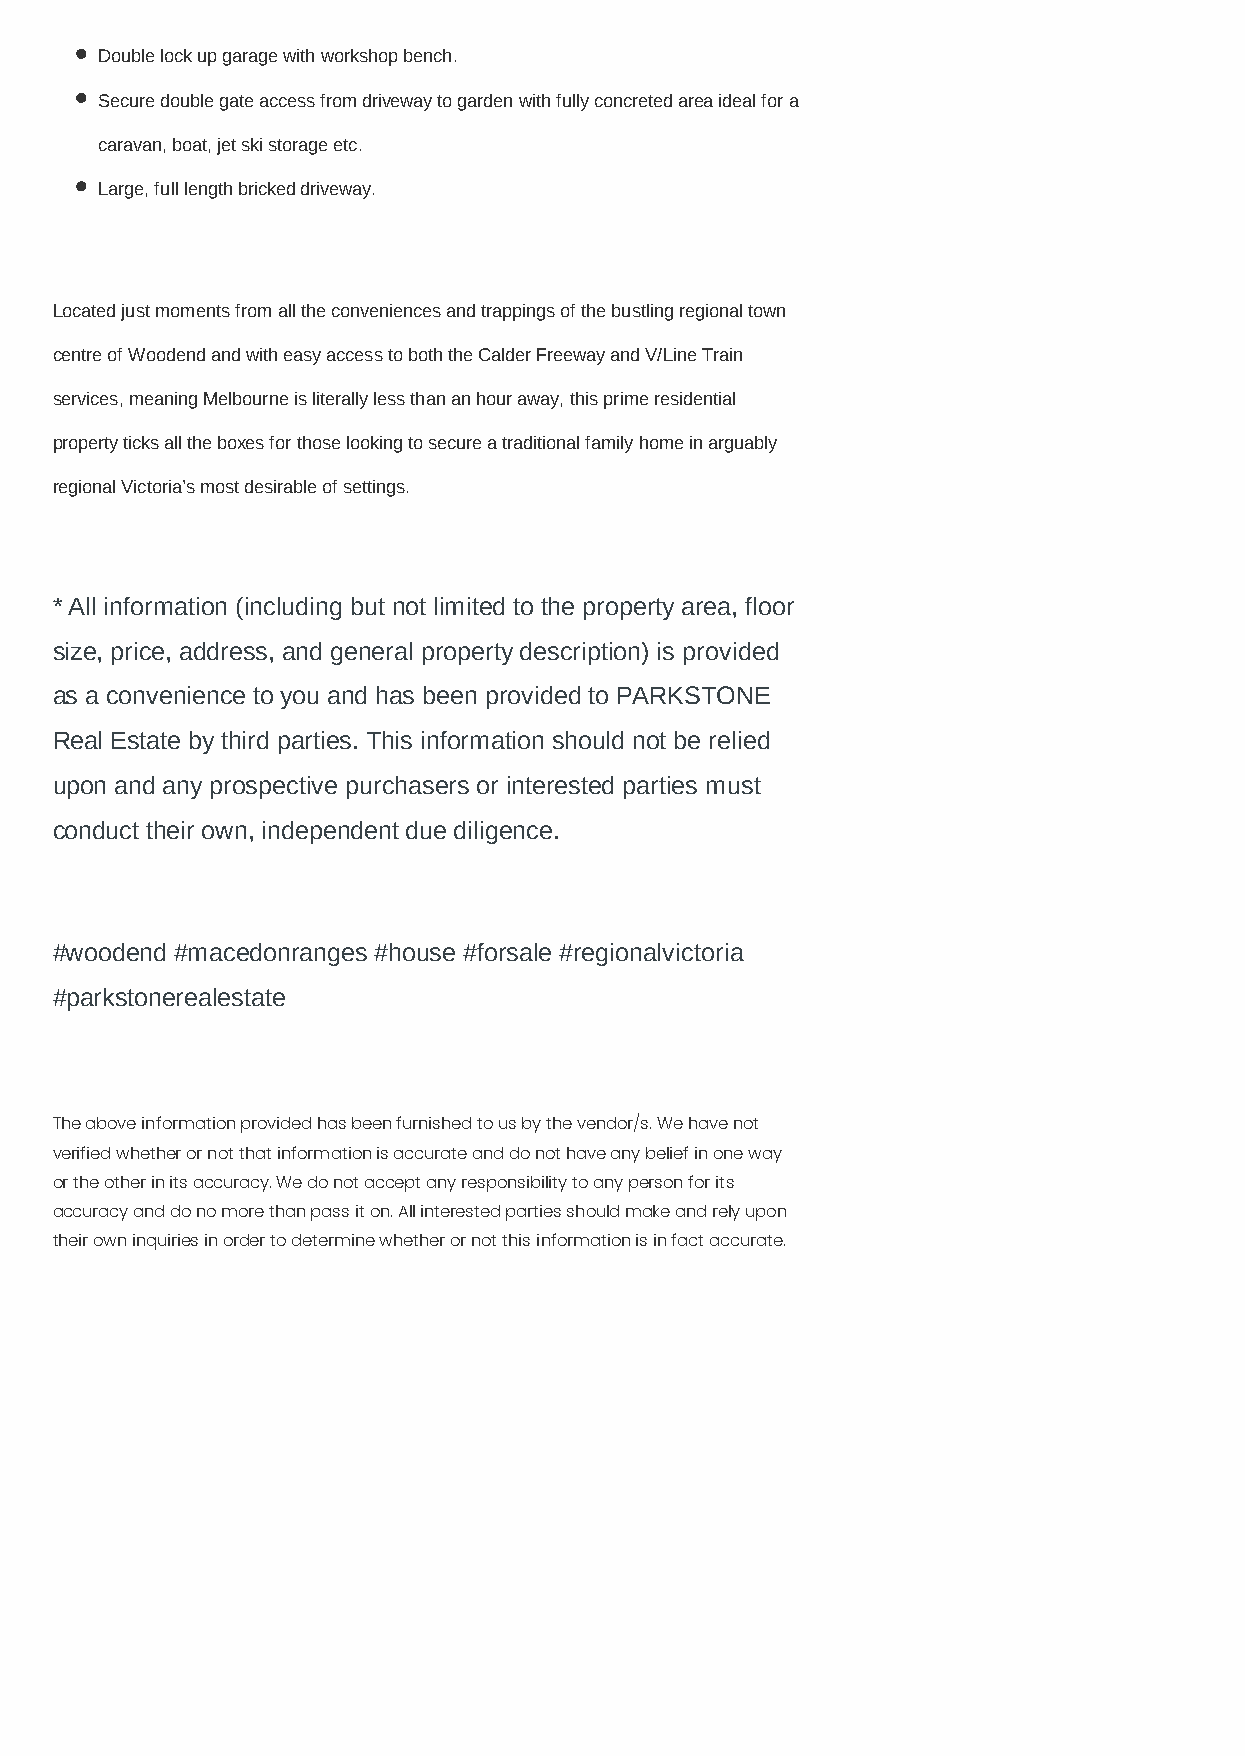
Double lock up garage with workshop bench.
 Secure double gate access from driveway to garden with fully concreted area ideal for a
 caravan, boat, jet ski storage etc.
 Large, full length bricked driveway.
 Located just moments from all the conveniences and trappings of the bustling regional town
 centre of Woodend and with easy access to both the Calder Freeway and V/Line Train
 services, meaning Melbourne is literally less than an hour away, this prime residential
 property ticks all the boxes for those looking to secure a traditional family home in arguably
 regional Victoria’s most desirable of settings.
 * All information (including but not limited to the property area, floor
 size, price, address, and general property description) is provided
 as a convenience to you and has been provided to PARKSTONE
 Real Estate by third parties. This information should not be relied
 upon and any prospective purchasers or interested parties must
 conduct their own, independent due diligence.
 #woodend #macedonranges #house #forsale #regionalvictoria
 #parkstonerealestate
 The above information provided has been furnished to us by the vendor/s. We have not
 verified whether or not that information is accurate and do not have any belief in one way
 or the other in its accuracy. We do not accept any responsibility to any person for its
 accuracy and do no more than pass it on. All interested parties should make and rely upon
 their own inquiries in order to determine whether or not this information is in fact accurate.